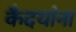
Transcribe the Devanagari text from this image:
कैदयांना